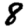
Digit: 8